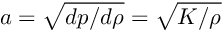
a = \sqrt { { d p } / { d \rho } } = \sqrt { { K } / { \rho } }